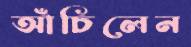
আঁচিলেন